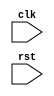
module Ethernet_controller (
    input clk,
    input rst,
    // other input/output ports
);

// Define timing control unit
// Add your code here

// Define synchronization block
// Add your code here

// Define error detection and correction mechanism
// Add your code here

endmodule